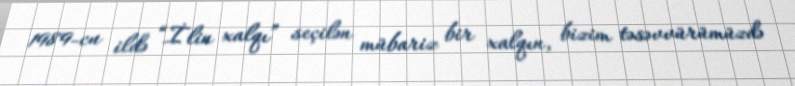
1989-cu ildə “İlin xalqı” seçilən mübariz bir xalqın, bizim təsəvvürümüzdə